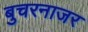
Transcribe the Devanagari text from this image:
बुचरनाजर